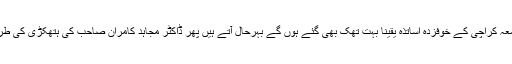
جامعہ کراچی کے خوفزدہ اساتذہ یقیناً بہت تھک بھی گئے ہوں گے بہرحال آتے ہیں پھر ڈاکٹر مجاہد کامران صاحب کی ہتھکڑی کی طرف۔